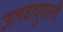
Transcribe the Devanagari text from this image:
जलवायुवाली